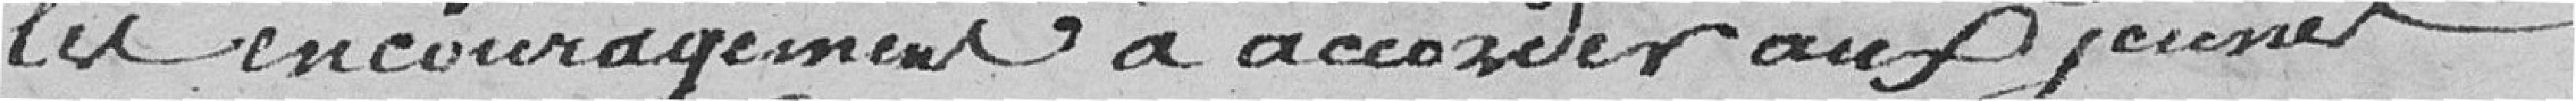
les encouragements à accorder aux jeunes